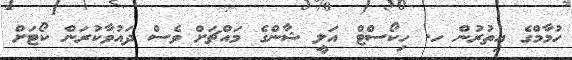
ހުމާމްގެ އިތުރުން ހ. ހިކޯސްޓް އަލީ ޝާންގެ މައްޗަށް ވެސް ދައުވާކުރަން ކޯޓަށް